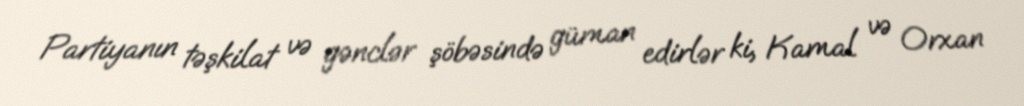
Partiyanın təşkilat və gənclər şöbəsində güman edirlər ki, Kamal və Orxan